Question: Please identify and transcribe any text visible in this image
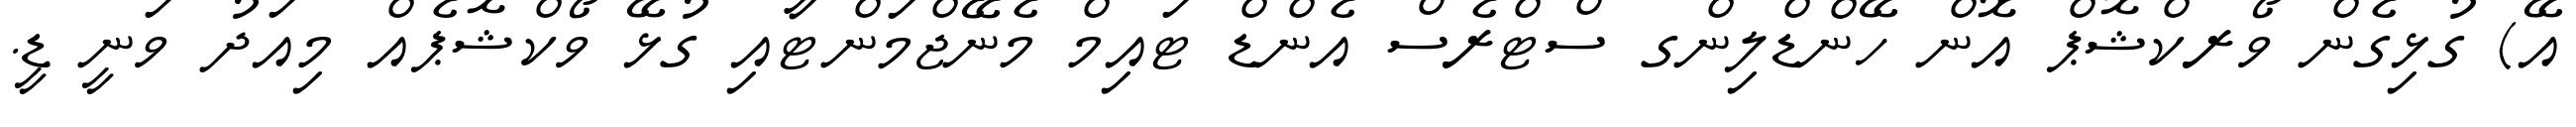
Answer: އޭ) ގުޅިގެން ވޯރކްޝޮޕް އޮން ހޭންޑްލިންގ ސްޓްރެސް އެންޑް ޓައިމް މެނޭޖްމަންޓާއި ގުޅޭ ވޯކްޝޮޕެއް މިއަދު ވަނީ ޑީ.